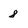
Character: 8